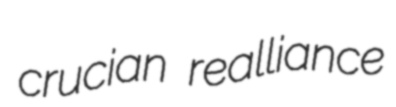
crucian realliance